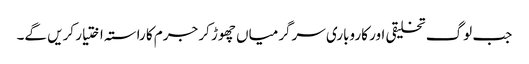
جب لوگ تخلیقی اور کاروباری سرگرمیاں چھوڑ کر جرم کا راستہ اختیار کریں گے۔